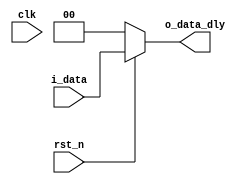
module data_delay #(
	parameter DATA_WIDTH	= 0	,	// 
	parameter LATENCY 		= 0		// 
)(
	input 							clk			,	// 
	input 							rst_n		,	// 
	
	input 		[DATA_WIDTH-1:0]	i_data		,	// 
	output 		[DATA_WIDTH-1:0] 	o_data_dly		// /
);

// 
generate 
	if(LATENCY == 0) begin

		assign o_data_dly = (~rst_n)? 0 : i_data;

	end
	else if(LATENCY == 1) begin
		
		// 
		reg [DATA_WIDTH-1:0] r_data_buffer;

		always @(posedge clk) begin
			if(~rst_n)				r_data_buffer <= 0;
			else 					r_data_buffer <= i_data;
		end

		assign o_data_dly = r_data_buffer;

	end
	else begin
		
		reg [LATENCY*DATA_WIDTH-1:0] r_data_buffer;

		always @(posedge clk) begin
			if(~rst_n)				r_data_buffer <= 0;
			else 					r_data_buffer <= {r_data_buffer[(LATENCY-1)*DATA_WIDTH-1:0],i_data};
		end

		assign o_data_dly = r_data_buffer[LATENCY*DATA_WIDTH-1:(LATENCY-1)*DATA_WIDTH];

	end
endgenerate 

endmodule